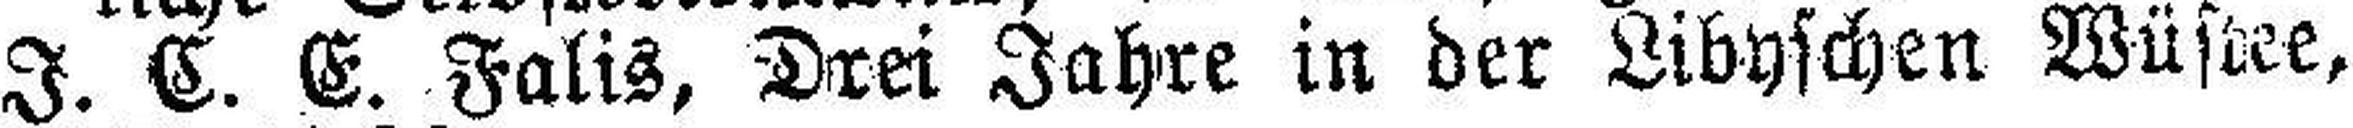
I. C. E. Falis, Drei Jahre in der Libyschen Wüstee,